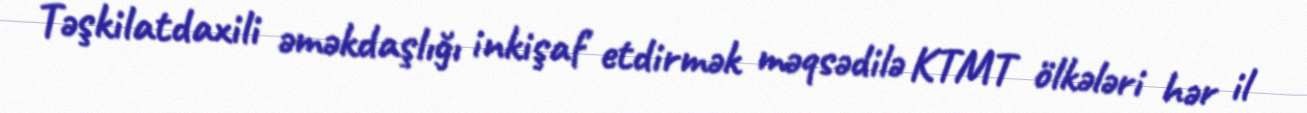
Təşkilatdaxili əməkdaşlığı inkişaf etdirmək məqsədilə KTMT ölkələri hər il